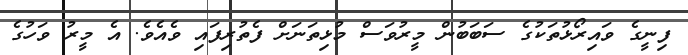
ފިނީގެ ވައިރޯޅުތަކުގެ ސަބަބުން މީރުވަސް މުޅިތަނަށް ފެތުރިފައި ވެއެވެ. އެ މީރު ވަހުގެ